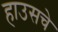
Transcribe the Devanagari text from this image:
हाउसचे